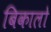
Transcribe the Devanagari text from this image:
बिकालो